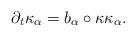
LaTeX: \begin{align*}\partial_t\kappa_{\alpha}=b_{\alpha}\circ\kappa \kappa_{\alpha}.\end{align*}